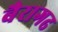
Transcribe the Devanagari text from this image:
बैरागढ